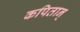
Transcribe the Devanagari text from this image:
कपितान्